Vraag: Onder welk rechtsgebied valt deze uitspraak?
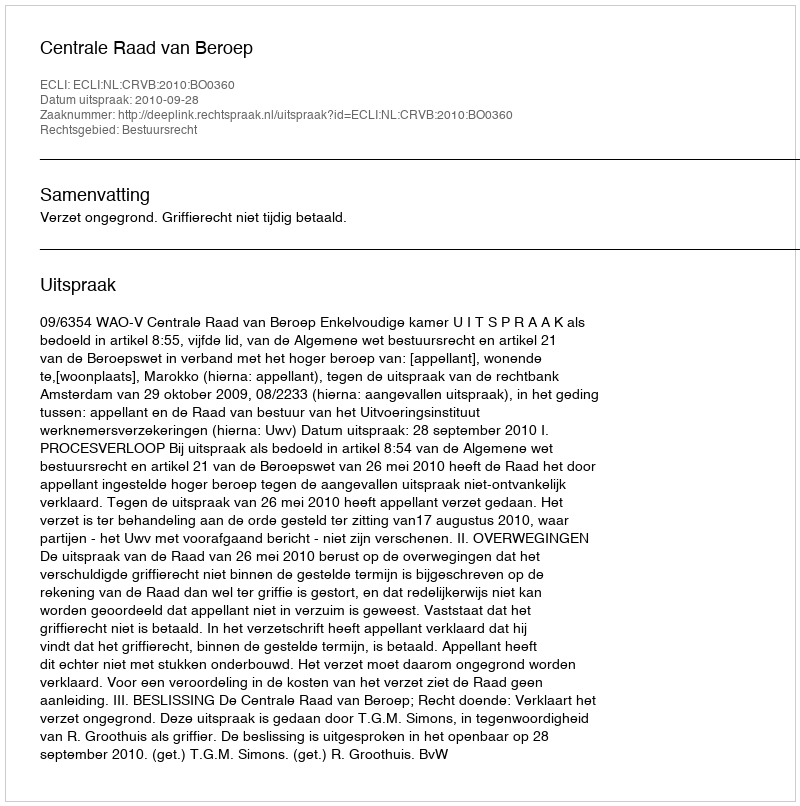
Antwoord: Bestuursrecht